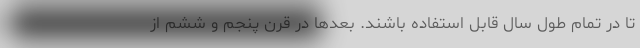
تا در تمام طول سال قابل استفاده باشند. بعدها در قرن پنجم و ششم از